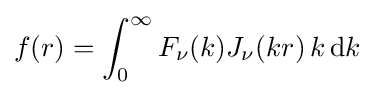
f(r)=\int _{0}^{\infty }F_{\nu }(k)J_{\nu }(kr)\,k\,\mathrm {d} k